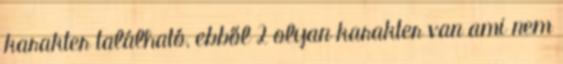
karakter található, ebből 2 olyan karakter van ami nem